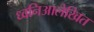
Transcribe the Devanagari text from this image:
ध्वनिआलेखित